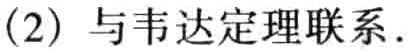
(2) 与韦达定理联系.